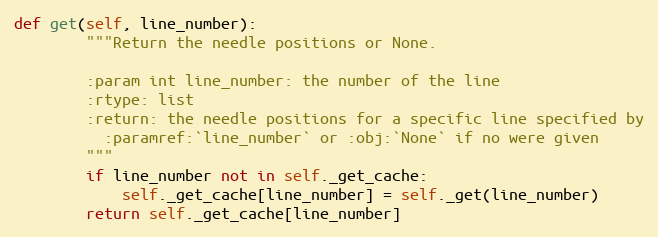
Language: Python
def get(self, line_number):
        """Return the needle positions or None.

        :param int line_number: the number of the line
        :rtype: list
        :return: the needle positions for a specific line specified by
          :paramref:`line_number` or :obj:`None` if no were given
        """
        if line_number not in self._get_cache:
            self._get_cache[line_number] = self._get(line_number)
        return self._get_cache[line_number]